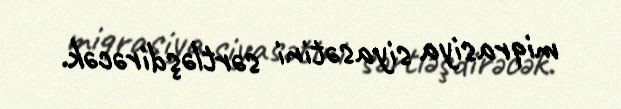
miqrasiya siyasətini sərtləşdirəcək.